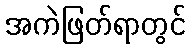
အကဲဖြတ်ရာတွင်